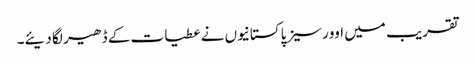
تقریب میں اوورسیز پاکستانیوں نے عطیات کے ڈھیر لگا دیئے۔